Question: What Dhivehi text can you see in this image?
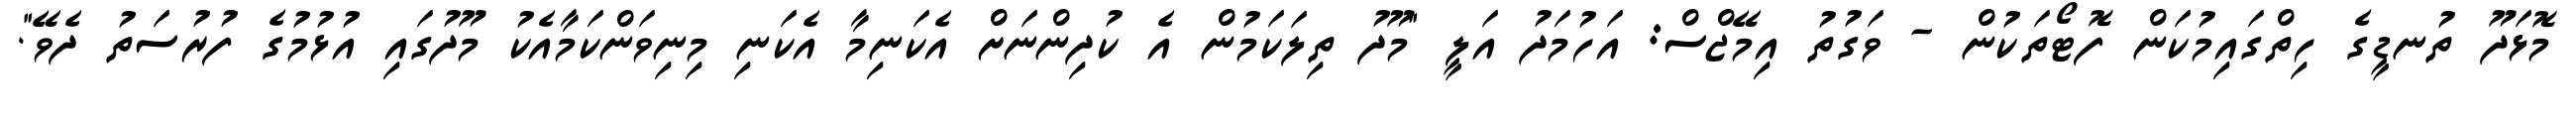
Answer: މޮޅަދޫ ތުނޑީގެ ހިތްގައިމުކަން ފޮޓޯތަކުން - ވަގުތު އިމޭޖްސް: އަހުމަދު އަލީ "މޫދު ތިލަކަމުން އެ ކުދިންނަށް އެކަނިމާ އެކަނި މިނިވަންކަމާއެކު މޫދުގައި އުޅުމުގެ ފުރުސަތު ދެވޭ".